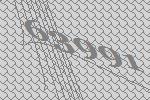
63991